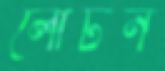
লোটন